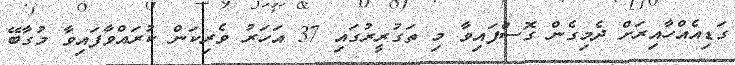
ގަޑިއެއްހާއިރަށް ދެމިގެން ގޮސްފައިވާ މި ތަގުރީރުގައި 37 އަހަރު ވެރިކަން ކުރައްވާފައިވާ މުގާބޭ